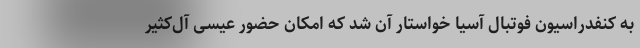
به کنفدراسیون فوتبال آسیا خواستار آن شد که امکان حضور عیسی آل‌کثیر